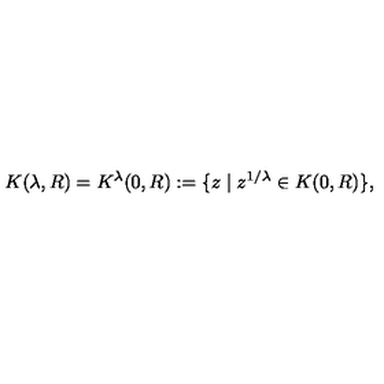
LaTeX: K ( \lambda , R ) = K ^ { \lambda } ( 0 , R ) : = \{ z \mid z ^ { 1 / \lambda } \in K ( 0 , R ) \} ,